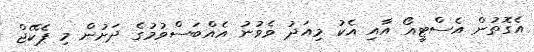
އެގޮތުން އެސްޓީއޯ އާއި އެކު މިއަދު ވެވުނު އެއްބަސްވުމުގެ ދަށުން މި ޕެކޭޖް